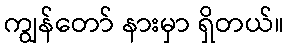
ကျွန်တော် နားမှာ ရှိတယ်။